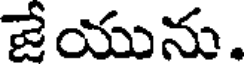
జేయును.